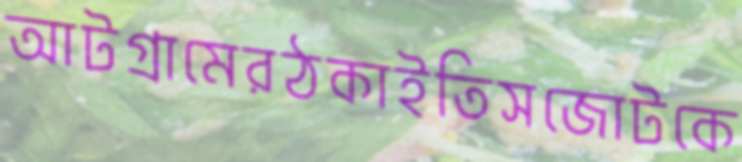
আটগ্রামেরঠকাইতিসজোটকে